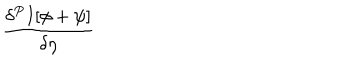
LaTeX: \frac { \delta ^ { P } I [ \phi + \psi ] } { \delta \eta }